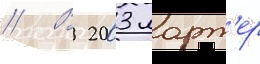
// В 2003 ларт'ер